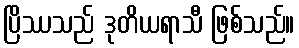
ပြိဿသည် ဒုတိယရာသီ ဖြစ်သည်။